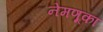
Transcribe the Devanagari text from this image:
नेमणूका